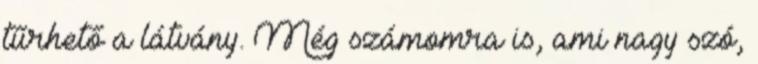
tűrhető a látvány. Még számomra is, ami nagy szó,